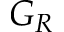
G _ { R }